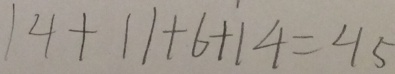
1 4 + 1 1 + 6 + 1 4 = 4 5